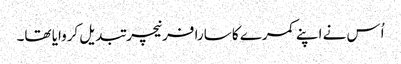
اُس نے اپنے کمرے کا سارا فرنیچر تبدیل کروایا تھا۔